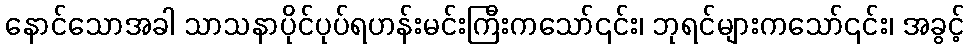
နောင်သောအခါ သာသနာပိုင်ပုပ်ရဟန်းမင်းကြီးကသော်၎င်း၊ ဘုရင်များကသော်၎င်း၊ အခွင့်